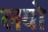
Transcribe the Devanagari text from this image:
लवो